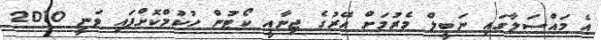
އެ މައްސަލާގައި ނަބީލް މެރުމަށް އޭރުގެ ޖިނާއީ ކޯޓުން ހުކުމްކޮށްފައި ވަނީ 2010